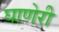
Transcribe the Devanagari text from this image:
घाणेरी